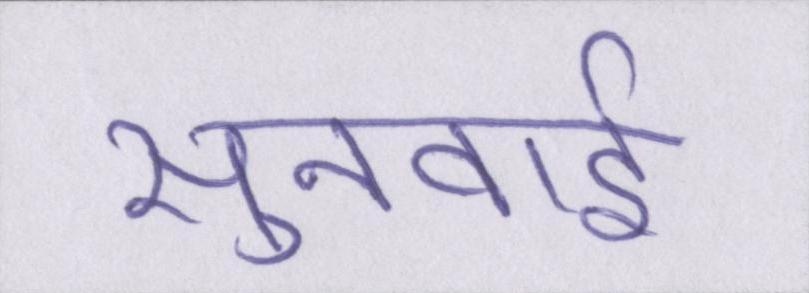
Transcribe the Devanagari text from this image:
सुनवाई